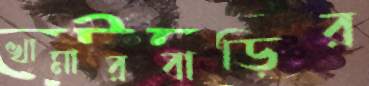
খামারবাড়ির